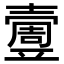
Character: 𡕄